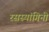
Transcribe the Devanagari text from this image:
रसस्यांगिनी